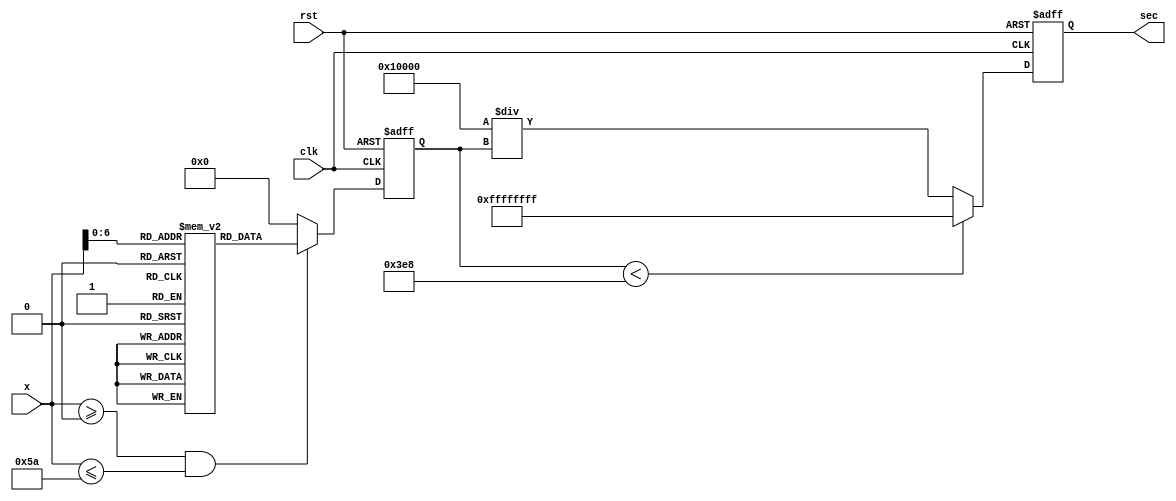
module secant_function (
    input [15:0] x,        // Input Angle in radians (fixed-point)
    output reg [31:0] sec, // Output Secant value (fixed-point)
    input clk,
    input rst
);

    // Fixed-point constants
    parameter FIXED_POINT_FRACTIONAL_BITS = 16;
    parameter MAX_COSINE_VALUE = 32767; // Max value for cos(x) in fixed-point
    parameter MIN_COSINE_THRESHOLD = 1000; // Threshold for cosine to avoid overflow

    // Cosine Lookup Table (example for angles from 0 to 90 degrees)
    reg [15:0] cos_lut [0:90]; // 16-bit cosine values
    initial begin
        // Populate LUT with cosine values in fixed-point
        // For example: cos(0) = 1.0, cos(30) = 0.866,... etc.
        cos_lut[0] = 32767; // cos(0) = 1.0
        cos_lut[30] = 28350; // cos(30) = 0.866
        cos_lut[45] = 23170; // cos(45) = 0.707
        cos_lut[60] = 16384; // cos(60) = 0.5
        cos_lut[90] = 0;     // cos(90) = 0 (undefined for sec)
        // More entries can be filled in as needed
    end

    reg [15:0] cos_x; // Cosine value of the input angle

    always @(posedge clk or posedge rst) begin
        if (rst) begin
            sec <= 32'h0;
            cos_x <= 16'h0;
        end else begin
            // Input validation: limit x to valid range
            if (x >= 0 && x <= 90) begin
                cos_x <= cos_lut[x]; // Lookup cosine value
            end else begin
                cos_x <= 16'h0; // Invalid angle, set cosine to 0
            end

            // Reciprocal calculation with overflow handling
            if (cos_x < MIN_COSINE_THRESHOLD) begin
                sec <= 32'hFFFFFFFF; // Indicate overflow (e.g., large secant)
            end else begin
                sec <= (32'h1 << FIXED_POINT_FRACTIONAL_BITS) / cos_x; // sec = 1/cos(x)
            end
        end
    end

endmodule